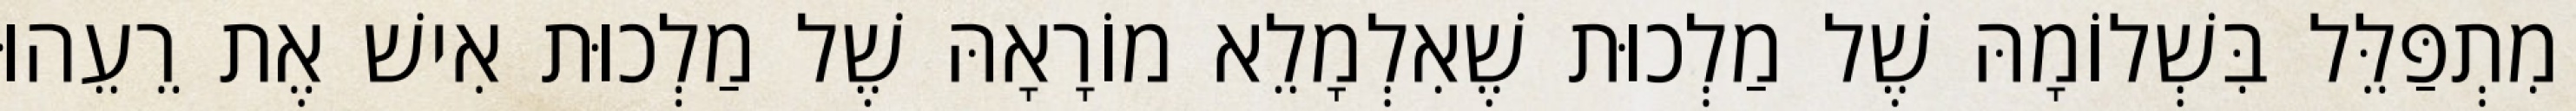
מִתְפַּלֵּל בִּשְׁלוֹמָהּ שֶׁל מַלְכוּת שֶׁאִלְמָלֵא מוֹרָאָהּ שֶׁל מַלְכוּת אִישׁ אֶת רֵעֵהוּ